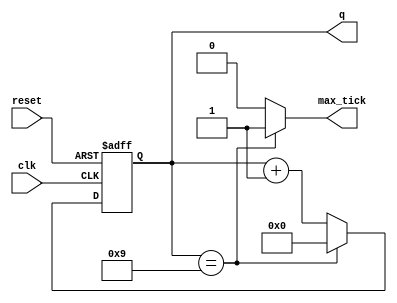
module mod_m_counter
  #(
    parameter N=4, //no. bits in counter
              M=10 //mod-M
    )
    (
     input wire clk, reset,
     output wire max_tick,
     output wire [N-1:0] q
    );
     
    //signal declarationJ
    reg [N-1:0] r_reg;
    wire [N-1:0] r_next;
    
    //body
    
    //register
    always@(posedge clk, posedge reset)
      if (reset)
        r_reg <= 0;
      else
        r_reg <= r_next;
        
    //next state logic
    assign r_next = (r_reg==(M-1)) ? 0 : r_reg + 1;
    
    //output logic
    assign q = r_reg;
    assign max_tick = (r_reg==(M-1)) ? 1'b1 : 1'b0;
  
endmodule